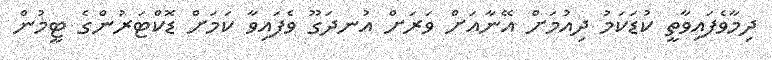
ދިމާވެފައިވާތީ ކުޑަކަމު ދިއުމަށް އޭނާއަށް ވަރަށް އުނދަގޫ ވެފައިވާ ކަމަށް ޑޮކްޓަރުންގެ ޓީމުން